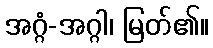
အဂ္ဂံ-အဂ္ဂါ၊ မြတ်၏။